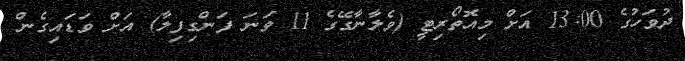
ދުވަހުގެ 13:00 އަށް މިއޮތޯރިޓީ (ވެލާނާގޭގެ 11 ވަނަ ފަންގިފިލާ) އަށް ވަޑައިގެން